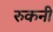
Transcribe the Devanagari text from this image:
रुकनी